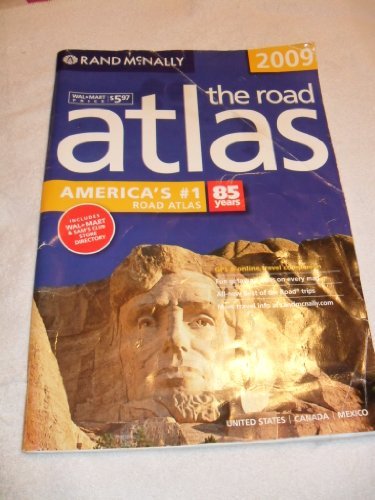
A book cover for The Road Atlas 2009; Rand McNally; Travel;